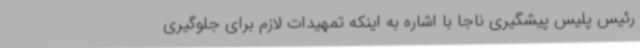
رئیس پلیس پیشگیری ناجا با اشاره به اینکه تمهیدات لازم برای جلوگیری